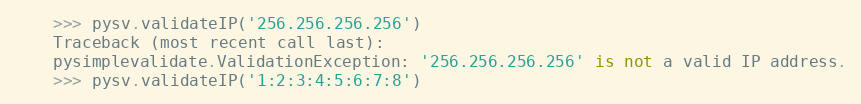
Language: Python
    >>> pysv.validateIP('256.256.256.256')
    Traceback (most recent call last):
    pysimplevalidate.ValidationException: '256.256.256.256' is not a valid IP address.
    >>> pysv.validateIP('1:2:3:4:5:6:7:8')